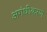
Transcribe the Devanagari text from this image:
अगंधीकरण